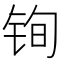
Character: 𫓲